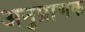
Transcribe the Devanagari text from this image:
अनुप्राणक